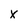
Character: x